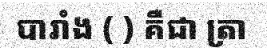
បារាំង ( ) គឺជា ត្រា